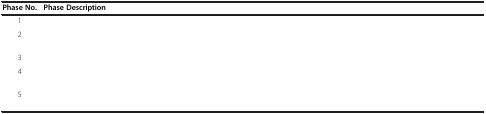
<table><thead><tr><td><b>Phase No.</b></td><td><b>Phase Description</b></td></tr></thead><tbody><tr><td>1</td><td>[EMPTY_CELL]</td></tr><tr><td>2</td><td>[EMPTY_CELL]</td></tr><tr><td>3</td><td>[EMPTY_CELL]</td></tr><tr><td>4</td><td>[EMPTY_CELL]</td></tr><tr><td>5</td><td>[EMPTY_CELL]</td></tr></tbody></table>